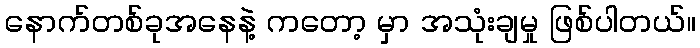
နောက်တစ်ခုအနေနဲ့ ကတော့ မှာ အသုံးချမှု ဖြစ်ပါတယ်။